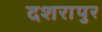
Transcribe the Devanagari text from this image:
दशरापुर